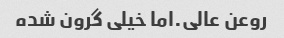
روعن عالی.اما خیلی گرون شده